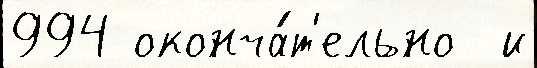
994 оконча́т'ельно  и